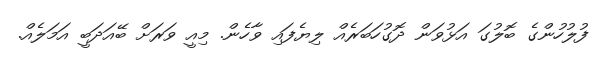
ފުލުހުންގެ ބޮލުގަ އަޅުވަން ދޮގުހަބަރެއް ލިޔެފައި ވާހެން. މިއީ ވަރަށް ބޭއަދަބީ އަމަލެއް.